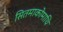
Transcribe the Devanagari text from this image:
सितमाकोमाथि